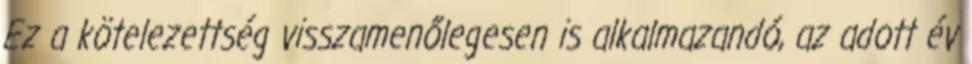
Ez a kötelezettség visszamenőlegesen is alkalmazandó, az adott év